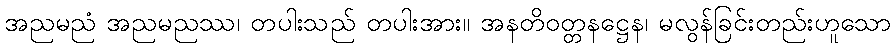
အညမညံ အညမညဿ၊ တပါးသည် တပါးအား။ အနတိဝတ္တနဋ္ဌေန၊ မလွန်ခြင်းတည်းဟူသော